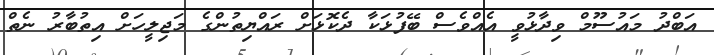
އަބްދު މައުސޫމް ވިދާޅުވީ އެއްވެސް ބޭފުޅަކާ ދެކޮޅަށް ރައްޔިތުންގެ މަޖިލީހަށް އިތުބާރު ނެތް